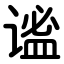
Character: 谧